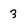
Character: 3